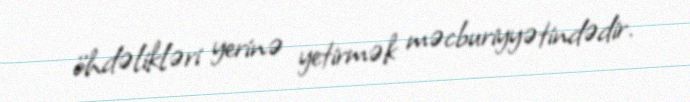
öhdəlikləri yerinə yetirmək məcburiyyətindədir.